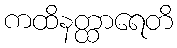
ကထိနတ္ထာရေတိ